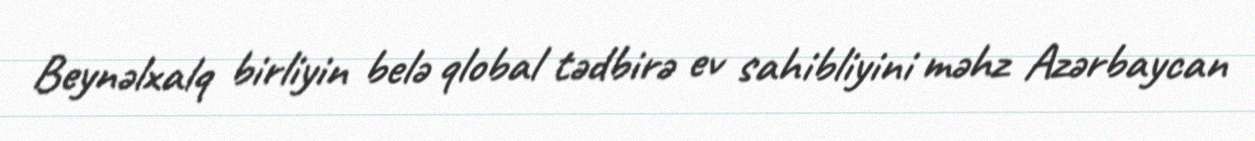
Beynəlxalq birliyin belə qlobal tədbirə ev sahibliyini məhz Azərbaycan